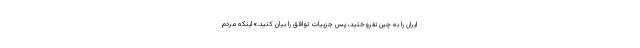
ایران را به چین نفروختید، پس جزییات توافق را بیان کنید.» اینکه مردم